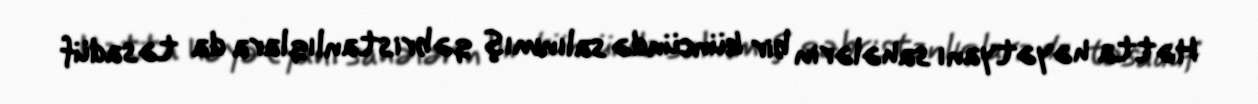
Hətta həyətyanı sahələrin bir küncündə salınmış qəbristanlıqlara da təsadüf